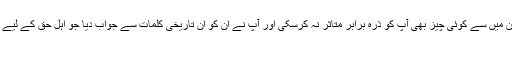
تاکہ آپ دعوتِ حق کو ترک کردیں، لیکن ان میں سے کوئی چیز بھی آپ کو ذرہ برابر متاثر نہ کرسکی اور آپ نے ان کو ان تاریخی کلمات سے جواب دیا جو اہل حق کے لیے ہمیشہ مشعل راہ رہیں گے، آپ نے فرمایا:
”قسم بخدا!